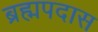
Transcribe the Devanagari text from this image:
ब्रह्मपदास